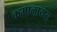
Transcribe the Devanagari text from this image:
कम्पलायंस